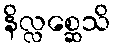
နိလ္လစ္ဆေသိ